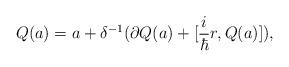
LaTeX: \begin{align*}Q(a) = a + \delta^{-1} ( \partial Q(a) + [ \frac{i}{\hbar} r, Q(a)] ) ,\end{align*}